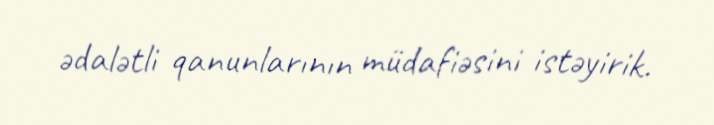
ədalətli qanunlarının müdafiəsini istəyirik.